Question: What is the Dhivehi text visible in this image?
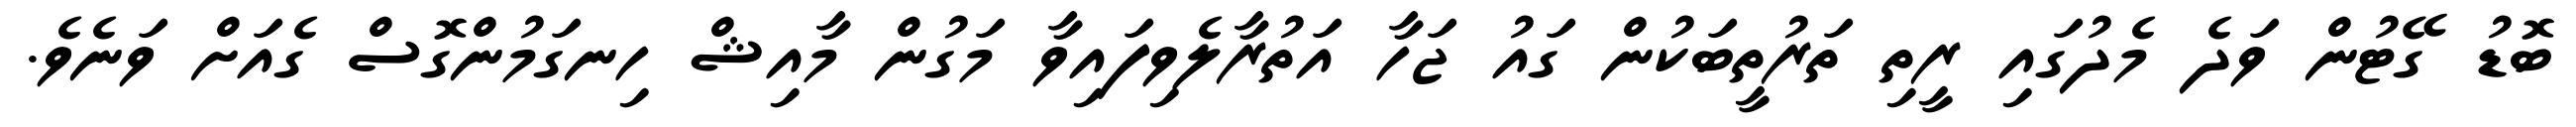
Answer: ބޮޑު ގޭޓުން ވަދެ މެދުގައި ރީތި ތަރުތީބަކުން ގައު ޖަހާ އަތުރާލެވިފައިވާ މަގުން މާއިޝް ހިނގަމުންގޮސް ގެއަށް ވަނެވެ.